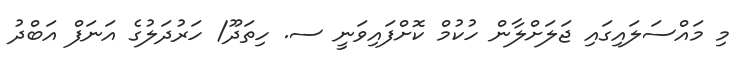
މި މައްސަލައިގައި ޖަލަށްލާން ހުކުމް ކޮށްފައިވަނީ ސ. ހިތަދޫ/ ހަރުދަލުގެ އަނަފް އަބްދު